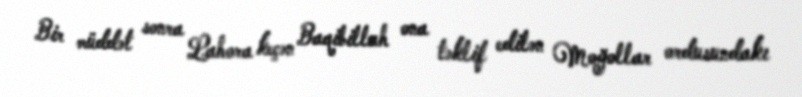
Bir müddət sonra Lahora keçən Baqibillah ona təklif edilən Moğollar ordusundakı